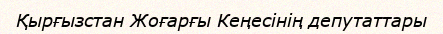
Қырғызстан Жоғарғы Кеңесінің депутаттары